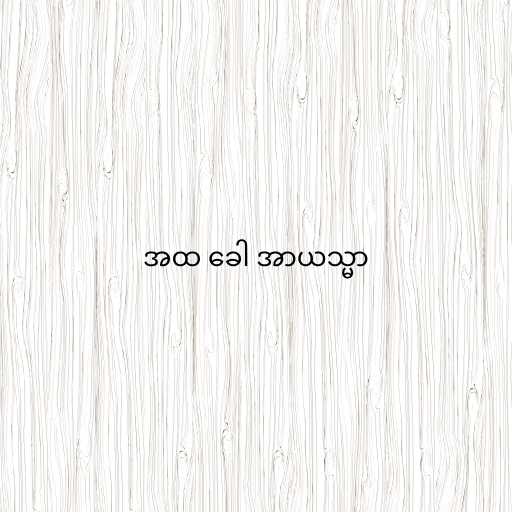
အထ ခေါ အာယသ္မာ